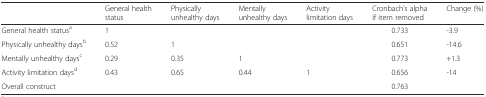
<table><thead><tr><td></td><td><b>General health status</b></td><td><b>Physically unhealthy days</b></td><td><b>Mentally unhealthy days</b></td><td><b>Activity limitation days</b></td><td><b>Cronbach&#x27;s alpha if item removed</b></td><td><b>Change (%)</b></td></tr></thead><tbody><tr><td>General health status<sup>a</sup></td><td>1</td><td></td><td></td><td></td><td>0.733</td><td>-3.9</td></tr><tr><td>Physically unhealthy days<sup>b</sup></td><td>0.52</td><td>1</td><td></td><td></td><td>0.651</td><td>-14.6</td></tr><tr><td>Mentally unhealthy days<sup>c</sup></td><td>0.29</td><td>0.35</td><td>1</td><td></td><td>0.773</td><td>+1.3</td></tr><tr><td>Activity limitation days<sup>d</sup></td><td>0.43</td><td>0.65</td><td>0.44</td><td>1</td><td>0.656</td><td>-14</td></tr><tr><td>Overall construct</td><td></td><td></td><td></td><td></td><td>0.763</td><td></td></tr></tbody></table>